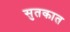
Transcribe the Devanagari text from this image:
सुतकात